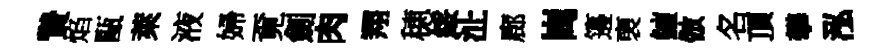
贄焰甌萊液婦覔劍肉翔穂綏沚廊崗籩褏鱣倣名頂攀泓